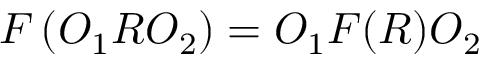
F \left( O _ { 1 } R O _ { 2 } \right) = O _ { 1 } F ( R ) O _ { 2 }